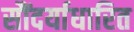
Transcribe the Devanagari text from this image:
सौंदर्याधारित